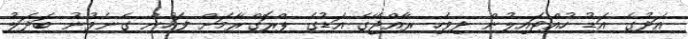
އަދުގެ އަޑު ހުއްޓައިލުން ދިވެހި ރާއްޖޭގެ އަޑުގެ ޕްރޮގްރާމަށް ފަހުން ގެނެވުނު ބަދަލު